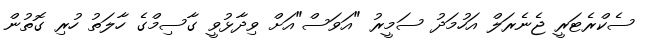
ސެކްރެޓަރީ ޖެނެރަލް އަހުމަދު ސަމީރު "އަވަސް"އަށް ވިދާޅުވީ ގާސިމްގެ ހާލަތު ހުރި ގޮތުން